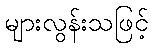
များလွန်းသဖြင့်